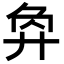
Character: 𢍅